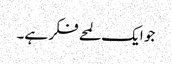
جو ایک لمحے فکر ہے۔